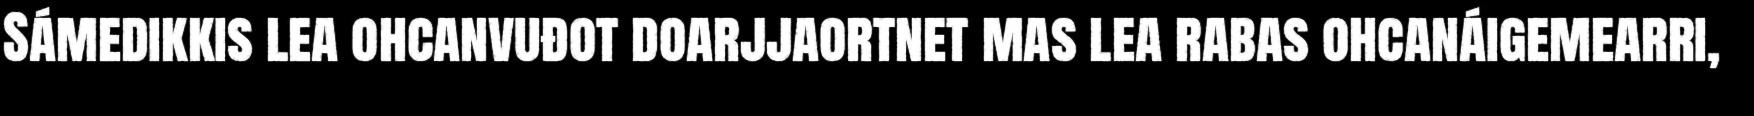
Sámedikkis lea ohcanvuđot doarjjaortnet mas lea rabas ohcanáigemearri,